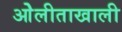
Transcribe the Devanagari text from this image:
ओेलीताखाली